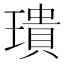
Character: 璝